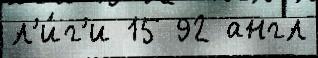
л'и́г'и 15 92 англ